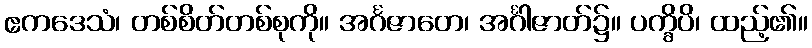
ဧကဒေသံ၊ တစ်စိတ်တစ်စုကို။ အင်္ဂဇာတေ၊ အင်္ဂါဇာတ်၌။ ပက္ခိပိ၊ ထည့်၏။